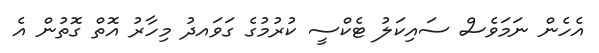
އެހެން ނަމަވެސް ސައިކަލު ޓެކްސީ ކުރުމުގެ ގަވައދު މިހާރު އޮތް ގޮތުން އެ